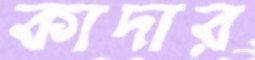
কাদার